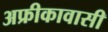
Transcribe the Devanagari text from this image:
अफ्रीकावासी